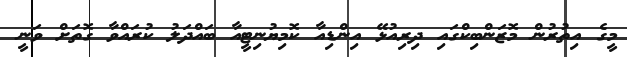
މީގެ އިތުރުން މޮޒަންބިކްގައި ދިރިއުޅޭ އިންޑިއާ ކޮމިޔުނިޓީއާ ބައްދަލު ކުރައްވާ ގޮތަށް ވަނީ